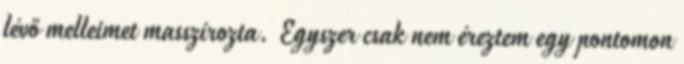
lévő melleimet masszírozta. Egyszer csak nem éreztem egy pontomon